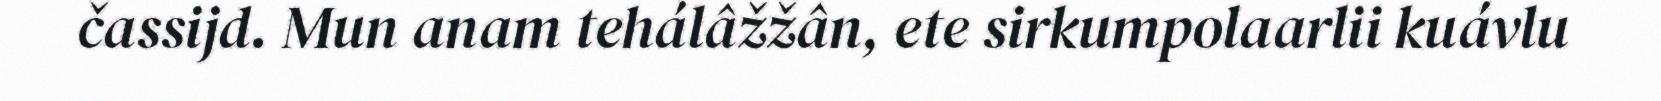
čassijd. Mun anam tehálâžžân, ete sirkumpolaarlii kuávlu